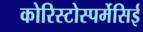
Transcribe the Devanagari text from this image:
कोरिस्टोस्पर्मेसिई